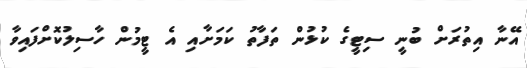
އޭނާ އިތުރަށް ބުނީ ސިޓީގެ ކުޅުން ތަފާތު ކަމަށާއި އެ ޓީމުން ހާސިލުކޮށްފައިވާ